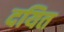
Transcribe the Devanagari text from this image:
दयित